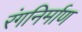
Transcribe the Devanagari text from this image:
रंगनिर्माण